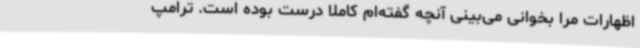
اظهارات مرا بخوانی می‌بینی آنچه گفته‌ام کاملا درست بوده است. ترامپ